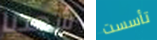
شهدنا تأسست